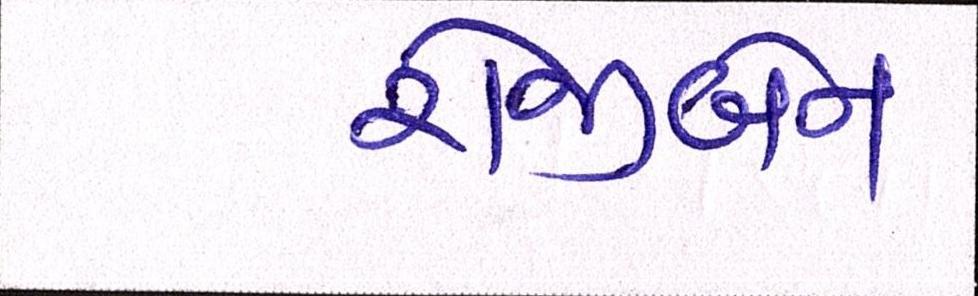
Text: રોજીબેન